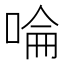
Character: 㖮